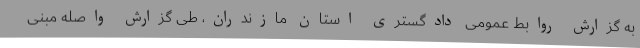
به گزارش روابط عمومی دادگستری استان مازندران، طی گزارش واصله مبنی